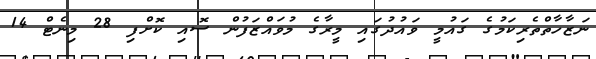
ނަޒާހާތްތެރިކަމުގެ ގައުމީ ވައުދުގައި މީރާގެ މުވައްޒަފުން ސޮއި ކޮށްފި 28 މިނެޓް 14